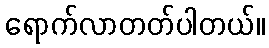
ရောက်လာတတ်ပါတယ်။